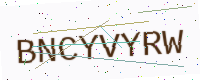
Text: BNCYVYRW